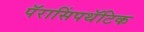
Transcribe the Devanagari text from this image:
पॅरासिंपथॅटिक